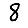
Digit: 8